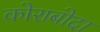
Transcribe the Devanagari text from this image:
कोराबोदा